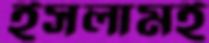
ইসলামই